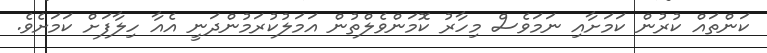
ކަންތައް ކުރުން ކަމަށާއި ނަމަވެސް މިހާރު ކޮމަންވެލްތުން އަމަލުކުރަމުންދަނީ އެއާ ހިލާފަށް ކަމަށެވެ.